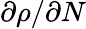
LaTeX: \partial\rho/\partial N